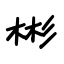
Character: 彬